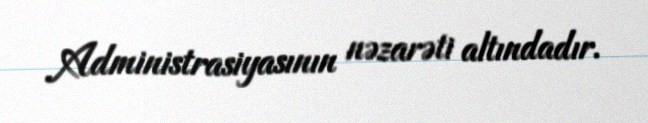
Administrasiyasının nəzarəti altındadır.